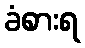
ခံစားရ